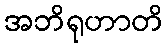
အဘိရုဟာတိ